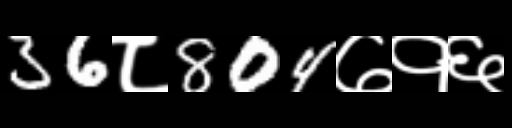
Text: 36८804७१६